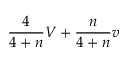
{ \frac { 4 } { 4 + n } } V + { \frac { n } { 4 + n } } v